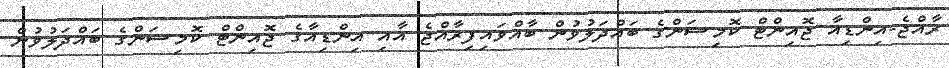
ރާއްޖެ-އިންޑިއާ ޖޮއިންޓް ކޮމިޝަންގެ ބައްދަލުވުން ބާއްވައިފިރާއްޖެ އާއި އިންޑިއާގެ ޖޮއިންޓް ކޮމިޝަންގެ ބައްދަލުވުން